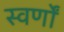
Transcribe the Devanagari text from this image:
स्वर्णों